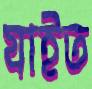
যাইত